65_HS1-834228961_62-HQ-83894_Section_7
Agency: FBI
Page 171
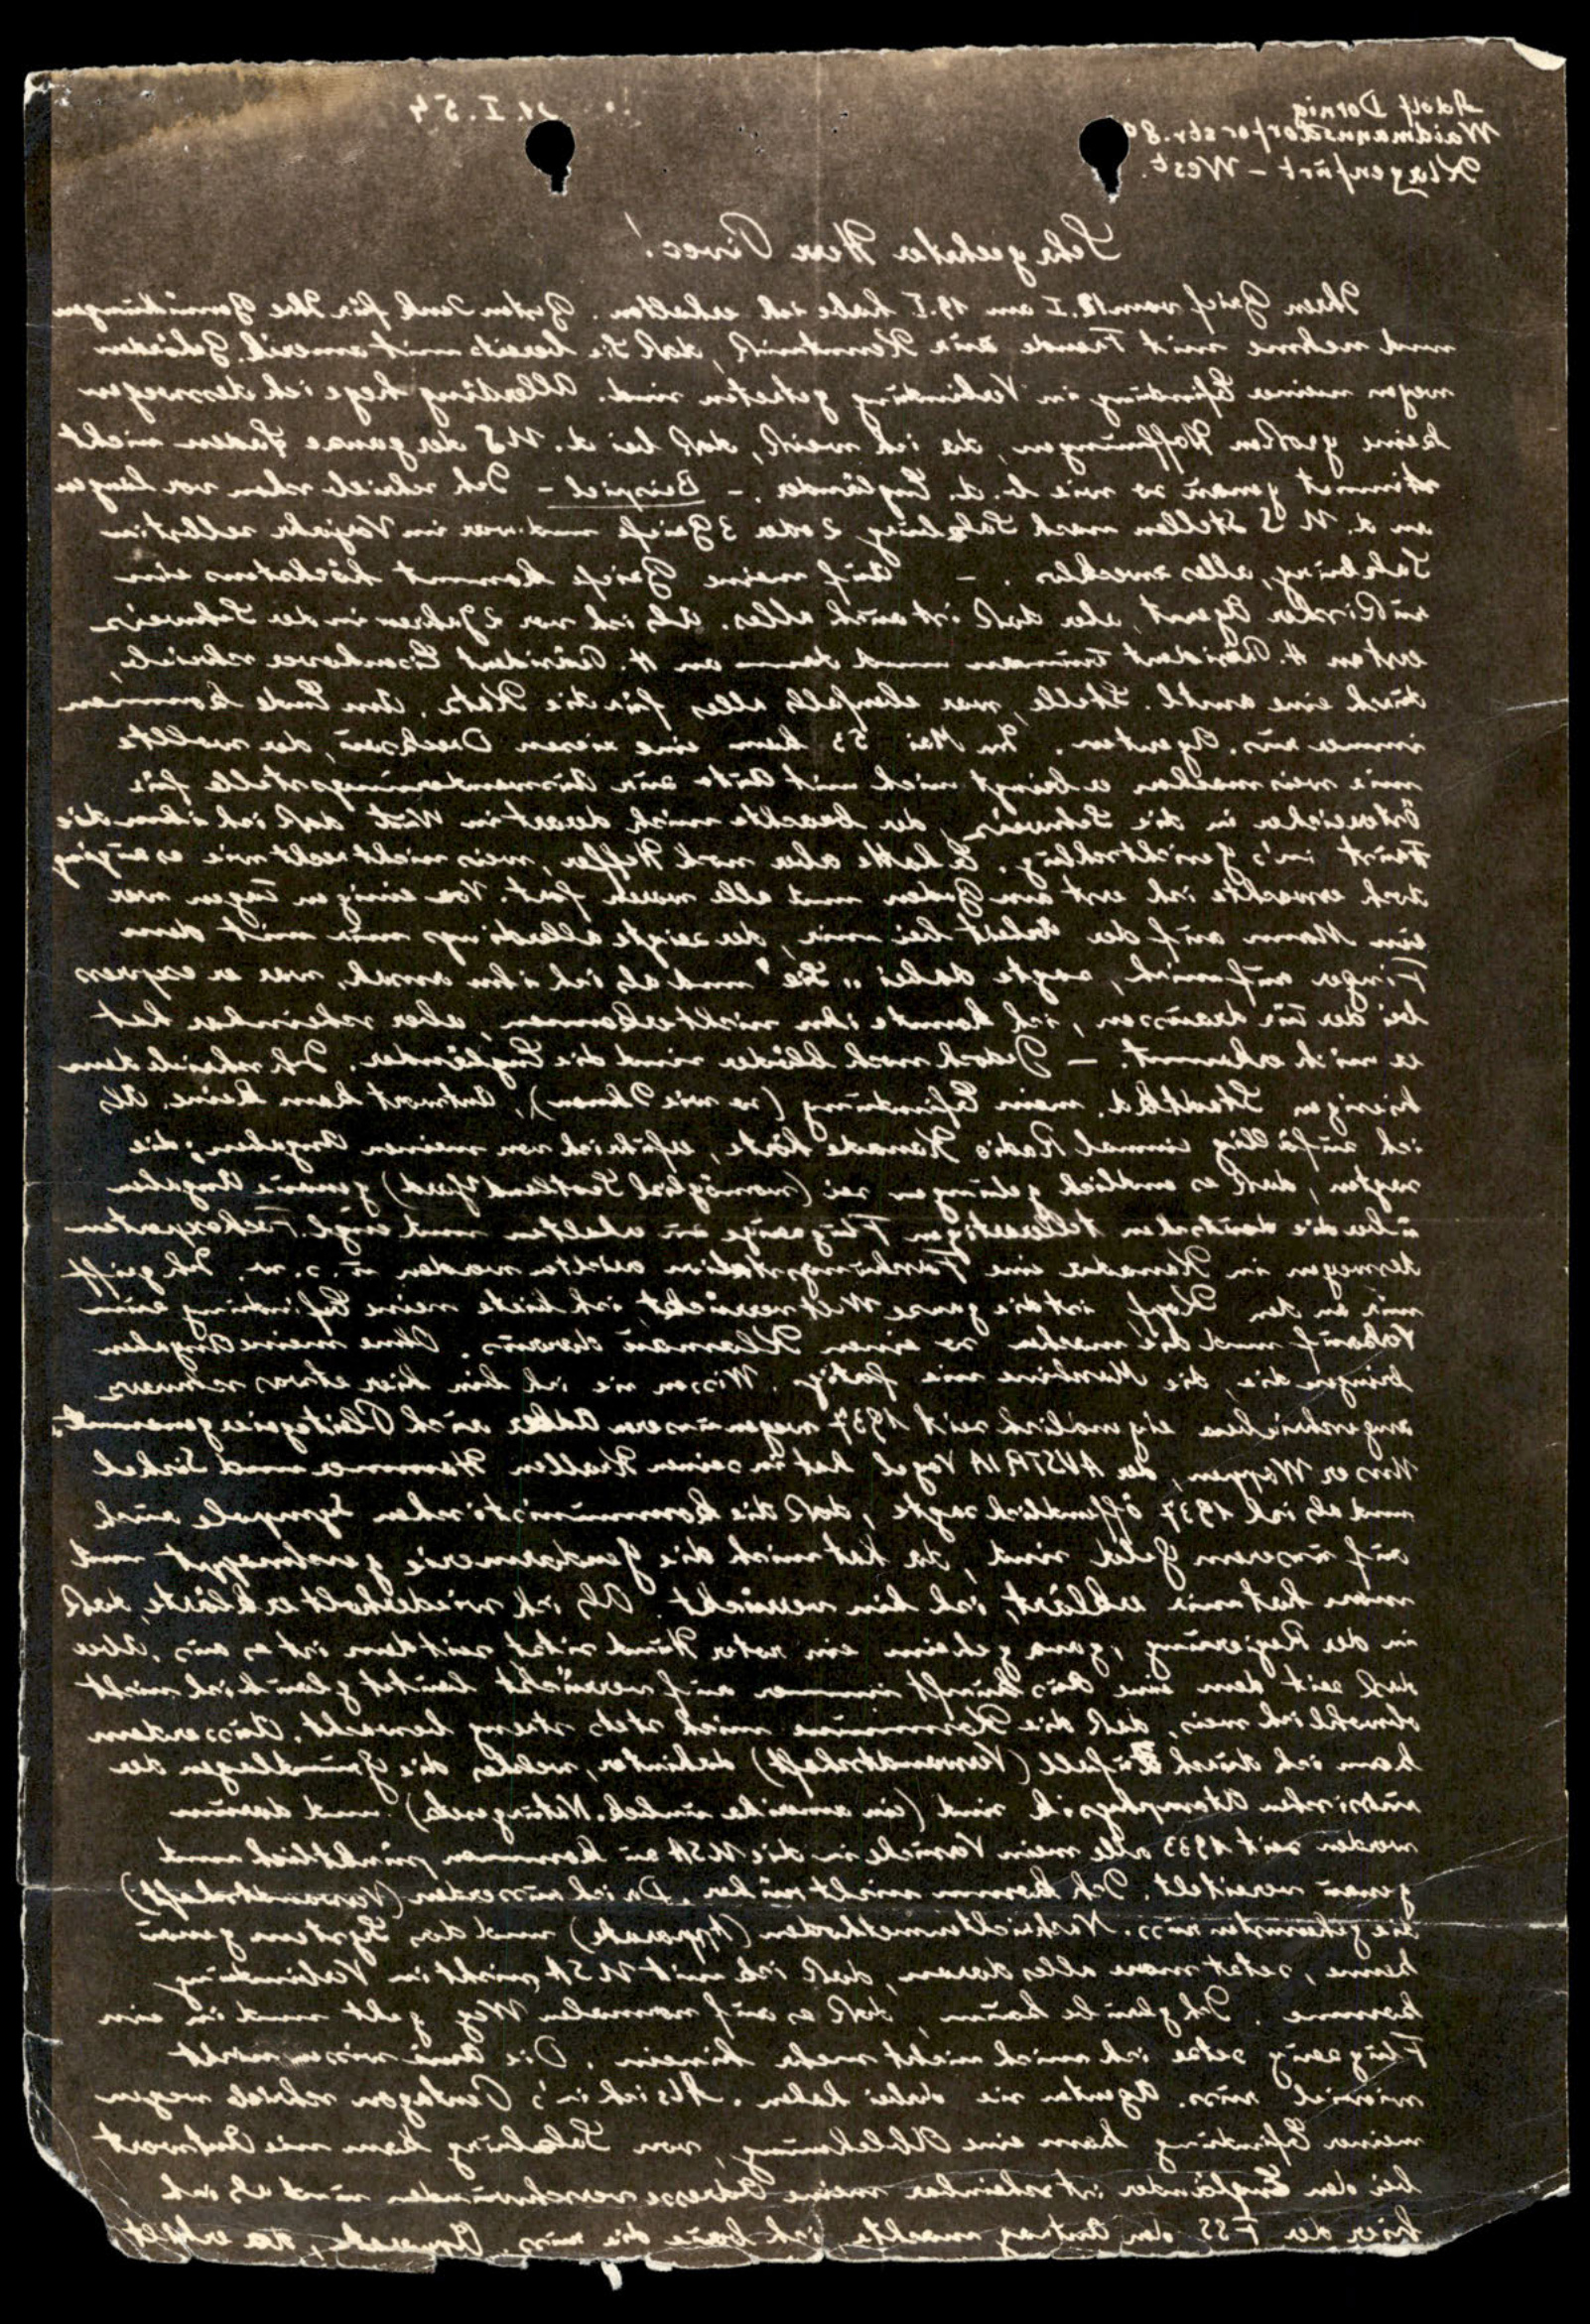